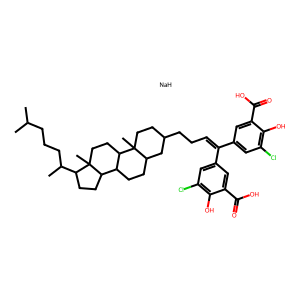
SMILES: CC(C)CCCC(C)C1CCC2C3CCC4CC(CCC=C(c5cc(Cl)c(O)c(C(=O)O)c5)c5cc(Cl)c(O)c(C(=O)O)c5)CCC4(C)C3CCC12C.[NaH]
Inhibits HIV replication: Yes